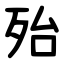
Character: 殆